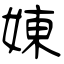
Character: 娻